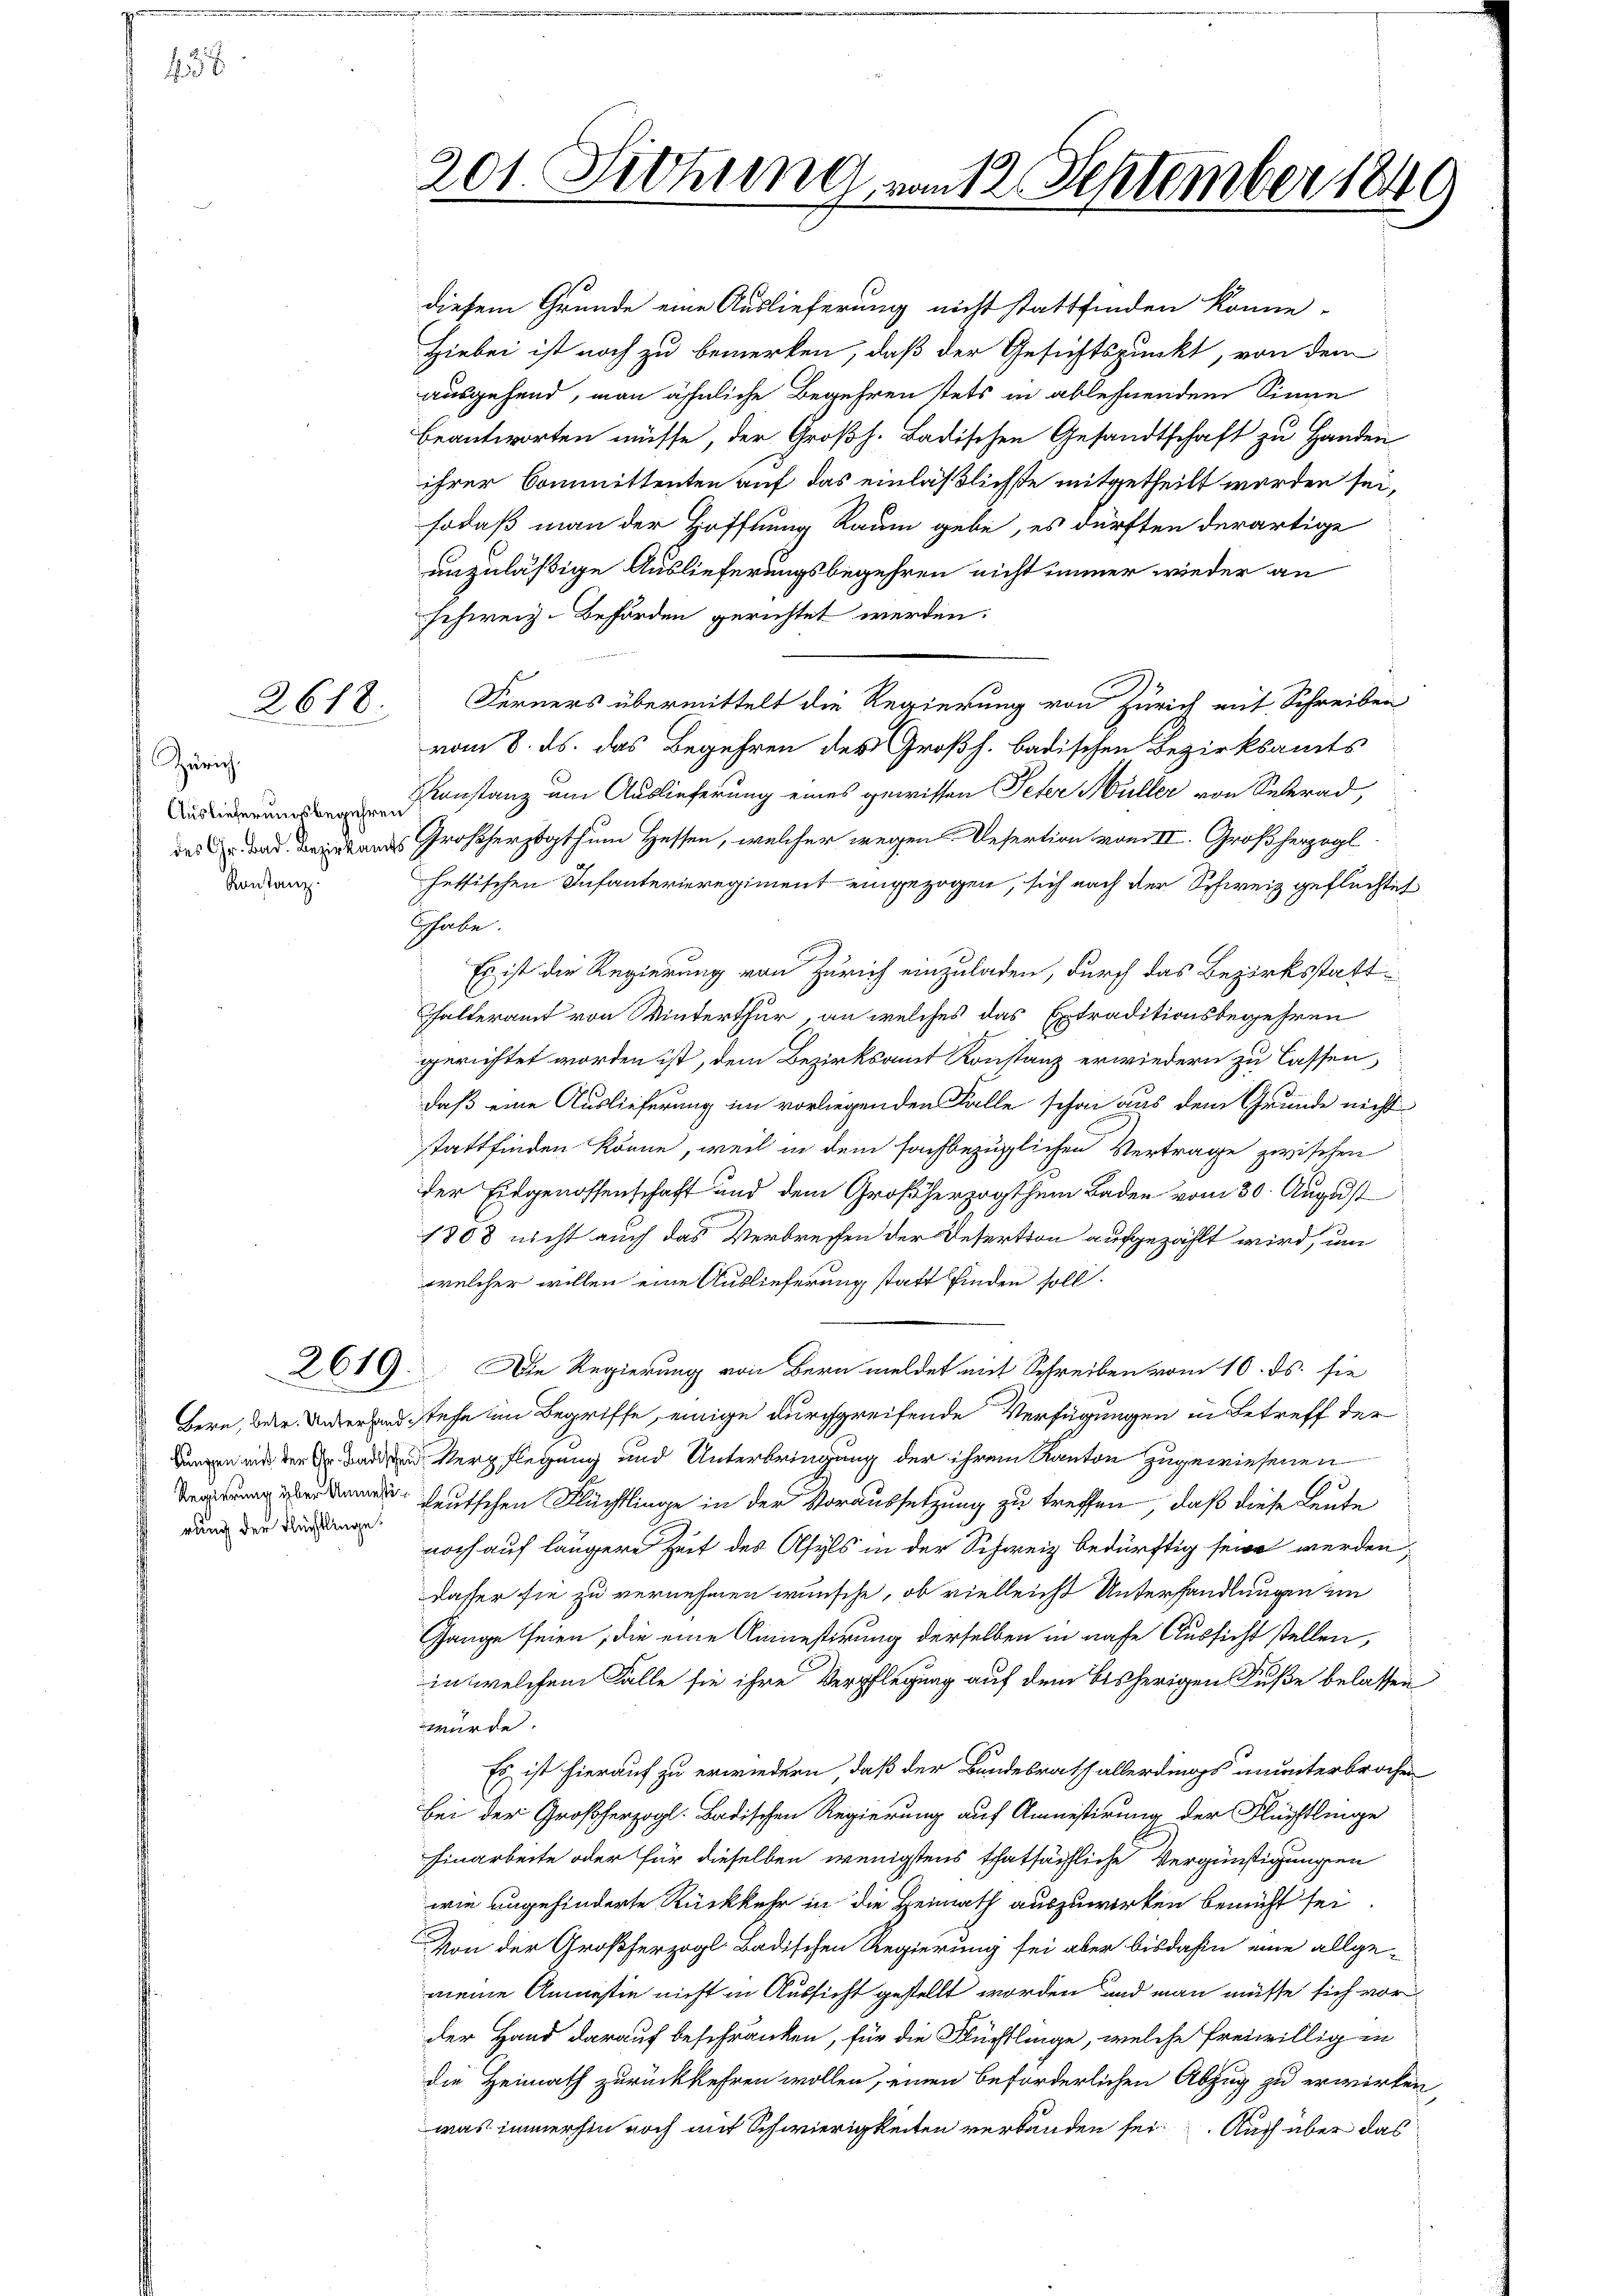
45

2618.

Zürich.
Auslieferungsbegehren
Konstanz.

rung der Flüchtlinge.

2619.

diesem Grunde eine Auslieferung nicht stattfinden könne.
Hiebei ist noch zu bemerken, daß der Gesichtspunkt, von dem
ausgehend, man ähnliche Begehren stets in ablehnendem Sinne
beantworten müsse, der Großh. Badischen Gesandtschaft zu Handen
ihrer Committenten auf das einläßlichste mitgetheilt worden sei,
sodaß man der Hoffnung Raum gebe, es dürften derartige
unzuläßige Auslieferungsbegehren nicht immer wieder an
schweiz. Beförden gerichtet werden:
Ferners übermittelt die Regierung von Zürich mit Schreiben
vom 8. ds. das Begehren des Großh. badischen Bezirksamts
Konstanz um Auslieferung eines gewissen Peter Müller von Selerad,
das das Bestandes Großherzogthum Hessen, welcher wegen Resertion vom II. Großherzogl
fettischen Infanterieregiment eingezogen, sich nach der Schweiz geflüchtet
Ghabe.
Es ist die Regierung von Zürich einzuladen, durch das Bezirksstatthalteramt von Winterthur, an welches das Extraditionsbegehren
gerichtet worden ist, dem Bezirksamt Konstanz erwiedern zu lassen,
daß eine Auslieferung im vorliegenden Falle schon aus dem Grunde nicht
stattfinden könne, weil in dem fachbezüglichen Vertrage zwischen
der Eidgenossenschaft und dem Großherzogthum Baden vom 30. August
1808 nicht auch das Verbrechen der Desertion aufgezählt wird, um
welcher willen eine Auslieferung statt finden soll.
Die Regierung von Bern meldet mit Schreiben vom 10. ds. sie
b
Bern, der Unterland stehe im Begriffe, einige durchgreifende Verfügungen in Betreff der
Damen und der Verpflegung und Unterbringung der ihrem Kanton zugewiesenen
 heutschen Flüchtlinge in der Voraussetzung zu treffen, daß diese Leute
noch auf längere Zeit des Asyls in der Schweiz bedürftig seine werden,
dasser sie zu vernehmen wünsche, ob vielleicht Unterhandlungen im
Gange seien; die eine Amnestirung derselben in nahe Aussicht stellen,
in welchem Falle sie ihre Verpflegung auf dem bisherigen Fuße belassen
würde.
Es ist hierauf zu erwiedern, daß der Bundesrath allerdings ununterbrochen
Bei der Großherzogl. Badischen Regierung auf Amnestirung der Flüchtlinge
Einarbeite oder für dieselben wenigstens thatsächliche Vergünstigungen
wie angehinderte Rückkehr in die Heimath auszuwirken bemüht sei.
Von der Großherzogl. Badischen Regierung sei aber bisdahin eine allge-
meine Amnestie nicht in Aussicht gestellt worden und man müsse sich vorder Hand darauf beschränken, für die Flüchtlinge, welche freiwillig in
die Heimath zurückkehren wollen, einen beförderlichen Abzug zu erwirken-
was immerhin noch mit Schwierigkeiten verbanden sei. Auch über das

201. Drohung von 12. September 1840